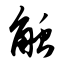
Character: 触